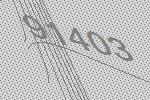
91403